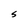
Character: S